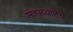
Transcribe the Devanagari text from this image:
साहाय्यानेच